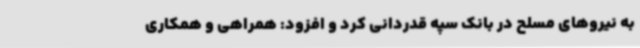
به نیروهای مسلح در بانک سپه قدردانی کرد و افزود: همراهی و همکاری